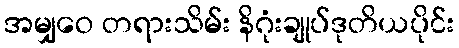
အမျှဝေ တရားသိမ်း နိဂုံးချုပ်ဒုတိယပိုင်း